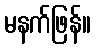
မနက်ဖြန်။